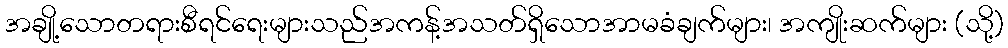
အချို့သောတရားစီရင်ရေးများသည်အကန့်အသတ်ရှိသောအာမခံချက်များ၊ အကျိုးဆက်များ (သို့)